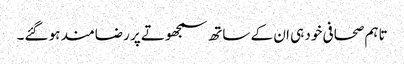
تاہم صحافی خود ہی ان کے ساتھ سمجھوتے پر رضامند ہو گئے۔